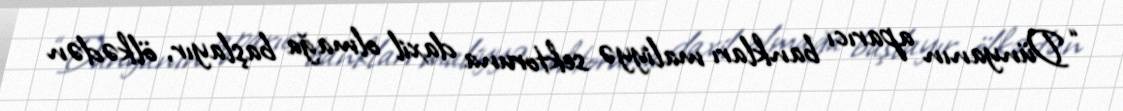
“Dünyanın aparıcı bankları maliyyə sektoruna daxil olmağa başlayır, ölkədən